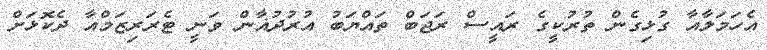
އެހަމަލާއާ ގުޅިގެން ތުރުކީގެ ރައީސް ރަޖަބް ތައްޔަބު އުރުދުޣާން ވަނީ ޓެރަރިޒަމްއާ ދެކޮޅަށް